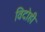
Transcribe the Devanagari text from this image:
विदोही